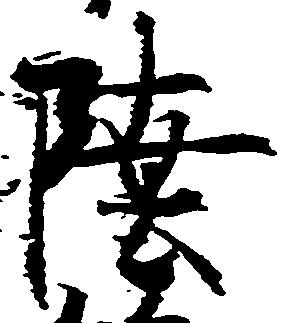
陸